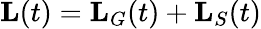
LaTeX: \textbf{L}(t)=\textbf{L}_{G}(t)+\textbf{L}_{S}(t)